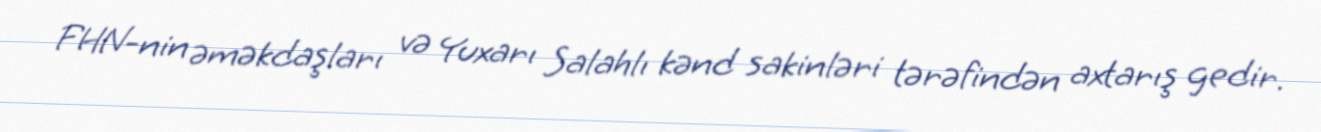
FHN-nin əməkdaşları və Yuxarı Salahlı kənd sakinləri tərəfindən axtarış gedir.